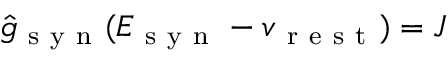
\hat { g } _ { \mathrm { ~ s ~ y ~ n ~ } } ( E _ { \mathrm { ~ s ~ y ~ n ~ } } - v _ { \mathrm { ~ r ~ e ~ s ~ t ~ } } ) = J